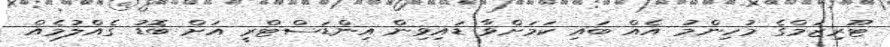
ޓޫރިޒަމްގެ މުހިންމު އެއް ބައި ކަމަށްވާ ޑައިވިން އިންޑަސްޓްރީ އަށް ބޮޑު ގެއްލުމެއް